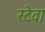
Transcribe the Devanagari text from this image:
स्टेवा